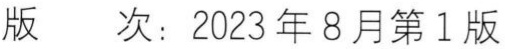
版 次：2023年8月第1版